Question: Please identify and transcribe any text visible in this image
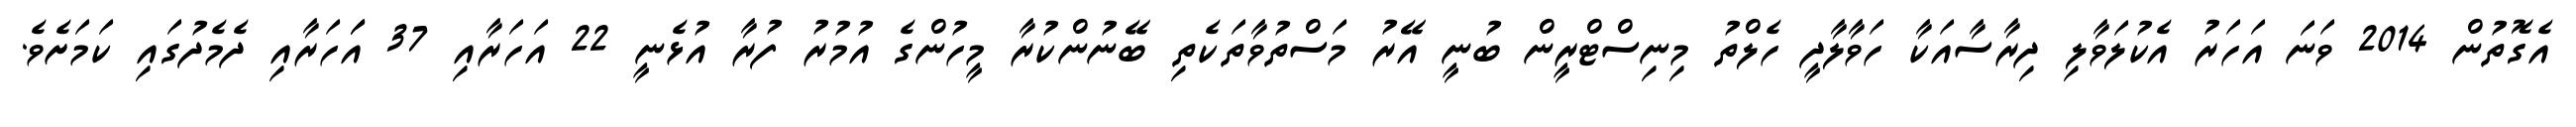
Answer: އެގޮތުން 2014 ވަނަ އަހަރު އެކުލަވާލި ދިރާސާއަކާ ހަވާލާދީ ހެލްތު މިނިސްޓްރީން ބުނީ އޭރު މަސްތުވާތަކެތި ބޭނުންކުރާ މީހުންގެ އުމުރު ފުރާ އުޅެނީ 22 އަހަރާއި 37 އަަހަރާއި ދެމެދުގައި ކަމަށެވެ.